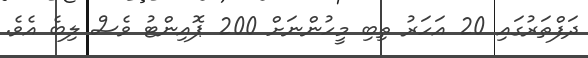
ދަފްތަރުގައި 20 އަހަރު ތިބި މީހުންނަށް 200 ޕޮއިންޓު ވެސް ލިބެ އެވެ.